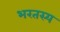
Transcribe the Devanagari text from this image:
भरतस्य